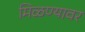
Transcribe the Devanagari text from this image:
मिळण्यावर